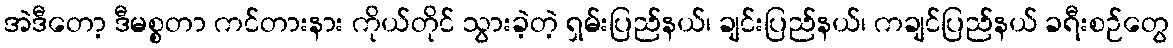
အဲဒီတော့ ဒီမစ္စတာ ကင်တားနား ကိုယ်တိုင် သွားခဲ့တဲ့ ရှမ်းပြည်နယ်၊ ချင်းပြည်နယ်၊ ကချင်ပြည်နယ် ခရီးစဉ်တွေ